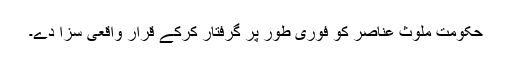
حکومت ملوث عناصر کو فوری طور پر گرفتار کرکے قرار واقعی سزا دے۔